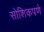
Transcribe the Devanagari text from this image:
सोशिकपणे